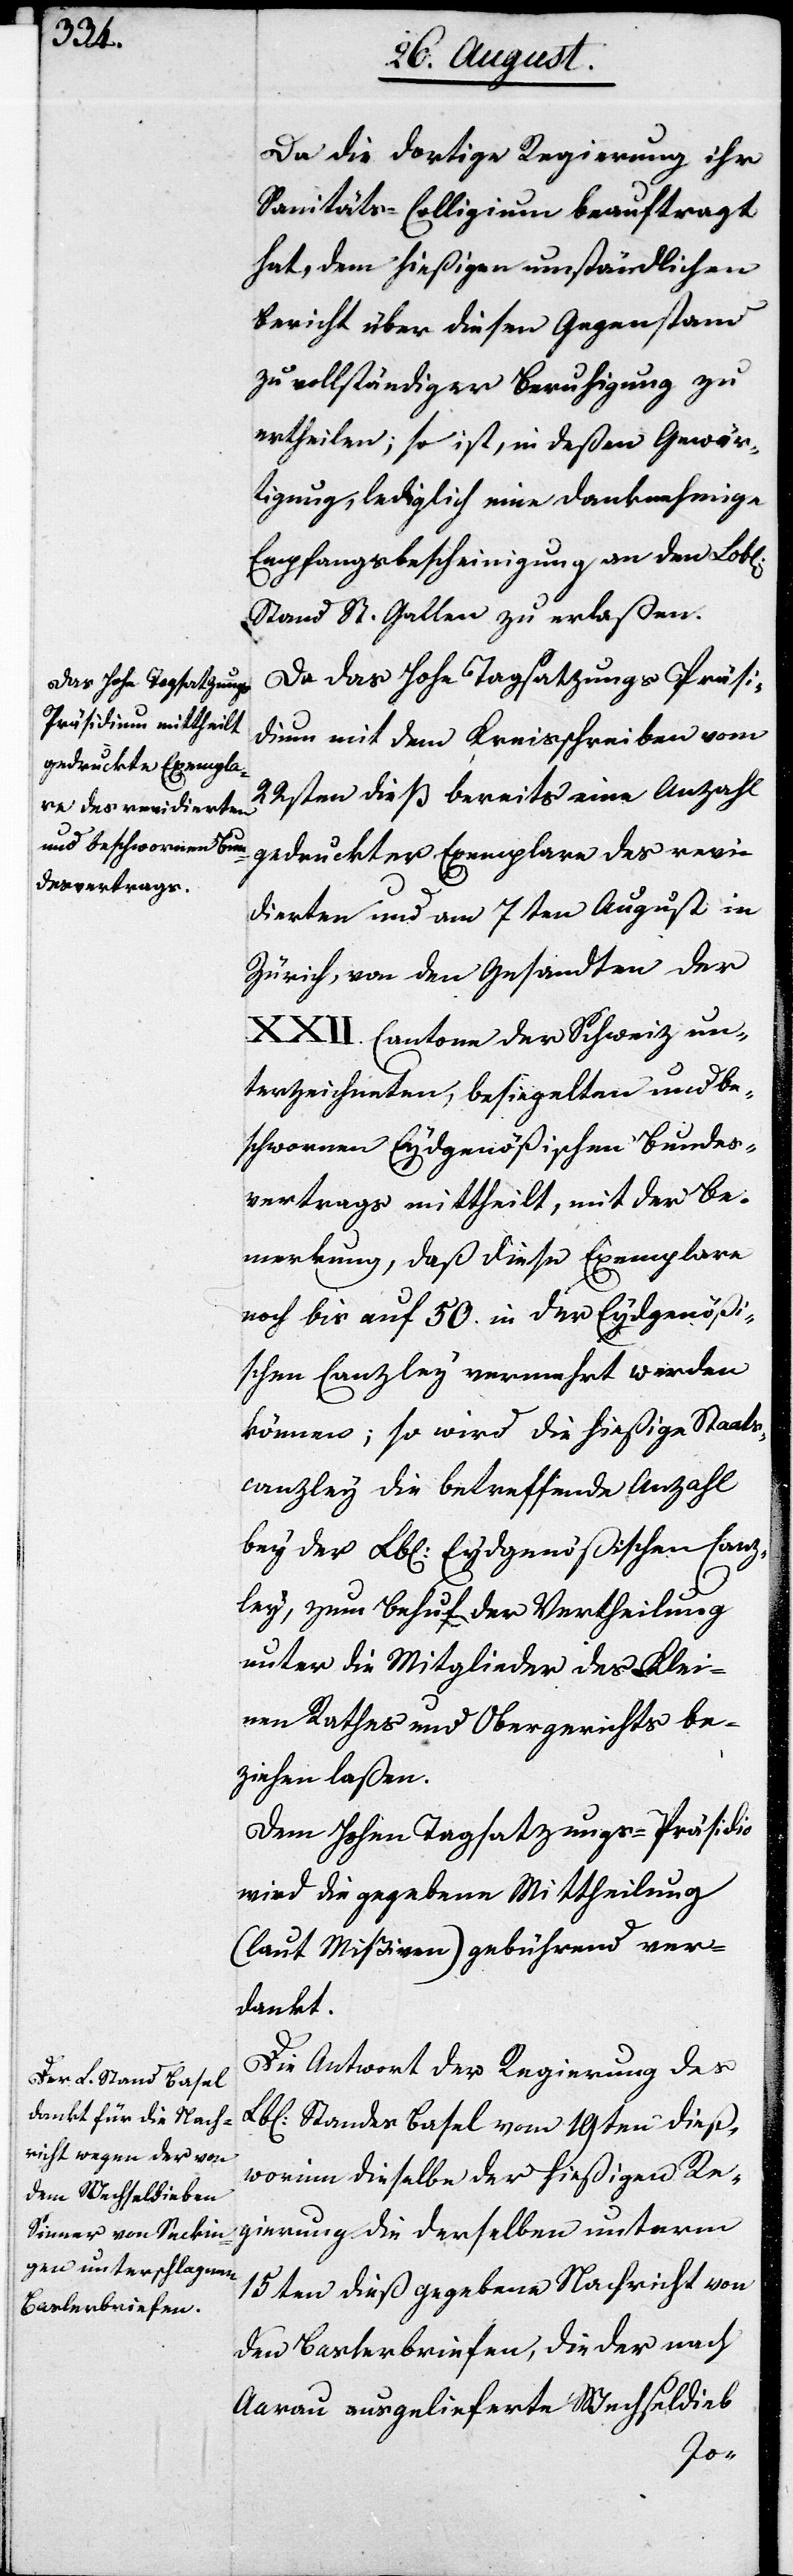
Da die dortige Regierung ihr
Sanitäts-Collegium beauftragt
hat, dem hießigen umständlichen
Bericht über diesen Gegenstand
zu vollständiger Beruhigung zu
ertheilen; so ist, in deßen Gewär¬
tigung, lediglich eine danknehmige
Empfangsbescheinigung an den Lobl.
Stand St. Gallen zu erlaßen.
Da das Hohe Tagsatzungs-Präsi¬
dium mit dem Kreisschreiben vom
22sten dieß bereits eine Anzahl
gedruckter Exemplare des revi¬
dierten und am 7ten August in
Zürich, von den Gesandten der
XXII. Cantone der Schweiz un¬
terzeichneten, besiegelten und be¬
schworenen Eydgenößischen Bundes¬
vertrags mittheilt, mit der Be¬
merkung, daß diese Exemplare
noch bis auf 50. in der Eydgenößi¬
schen Canzley vermehrt werden
können; so wird die hießige Staats¬
canzley die betreffende Anzahl
bey der Lbl. Eydgenößischen Canz¬
ley, zum Behuf der Vertheilung
unter die Mitglieder des Klei¬
nen Rathes und Obergerichts be¬
ziehen laßen.
Dem Hohen Tagsatzungs-Präsidio
wird die gegebene Mittheilung
(laut Mißiven) gebührend ver¬
dankt.
Die Antwort der Regierung des
Lbl. Standes Basel vom 19ten dieß,
worinn dieselbe der hießigen Re¬
gierung die derselben unterm
15ten dieß gegebene Nachricht von
den Baslerbriefen, die der nach
Aarau ausgelieferte Wechseldieb